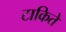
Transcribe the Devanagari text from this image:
टाकिते